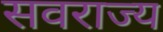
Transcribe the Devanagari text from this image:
सवराज्य